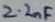
Text: 2.2nF